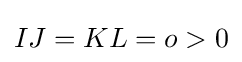
IJ=KL=o>0